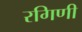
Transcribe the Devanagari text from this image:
रगिणी